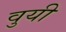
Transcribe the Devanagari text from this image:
वुयी